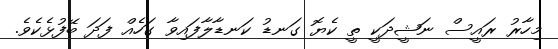
މިހާރު ރައީސް ނަޝީދަކީ ތީ ކެޔޮ ގަނޑު ކަނޑާލާފައިވާ ގަހެއް ފަދަ ބޭފުޅެކެވެ.